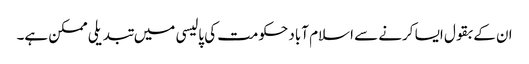
ان کے بقول ایسا کرنے سے اسلام آباد حکومت کی پالیسی میں تبدیلی ممکن ہے۔